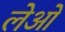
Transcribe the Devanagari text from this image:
लेओं